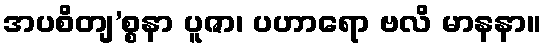
အပစိတျ’စ္စနာ ပူဇာ၊ ပဟာရော ဗလိ မာနနာ။